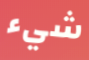
شيء